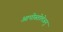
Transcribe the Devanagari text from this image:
आपोस्तोलेअनु